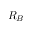
R _ { B }